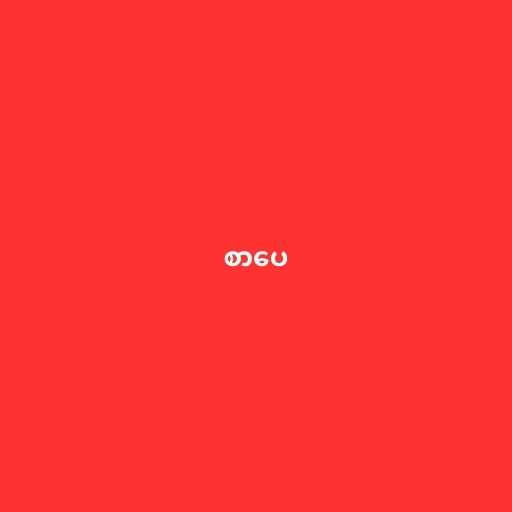
စာပေ